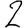
Digit: 2